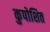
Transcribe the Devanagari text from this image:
कुपोशित